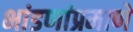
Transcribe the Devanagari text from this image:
भांडणांप्रमाणे